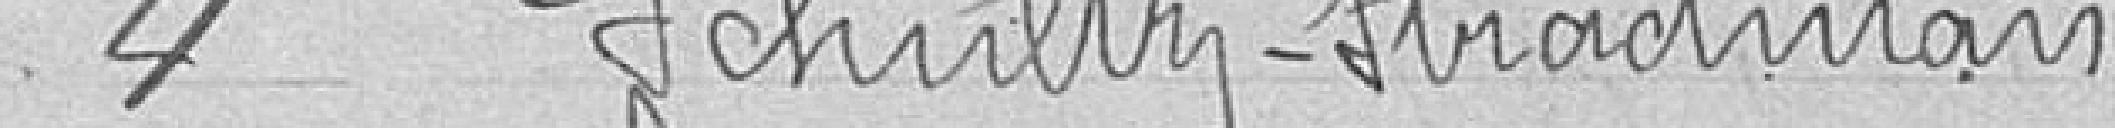
4. SCHULTY-STRADMANN